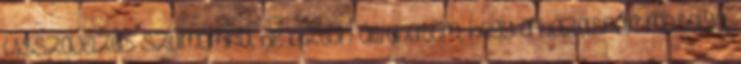
visszajelzés számomra, de bizton állíthatom, hogy a házaspár mosolya,